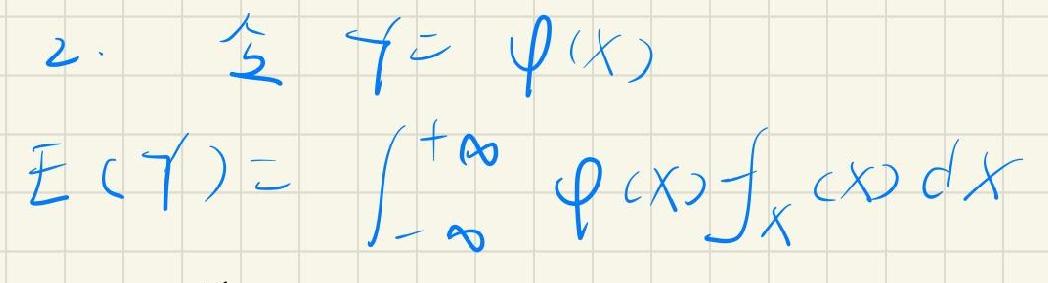
2. 设\(Y\sim\varphi(X)\)
\(E(Y)=\int_{-\infty}^{+\infty}\varphi(x)f_X(x)dx\)